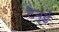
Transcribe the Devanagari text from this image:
टैनुई